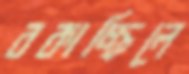
বকাচ্ছিলে